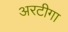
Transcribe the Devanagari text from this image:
अरटीगा